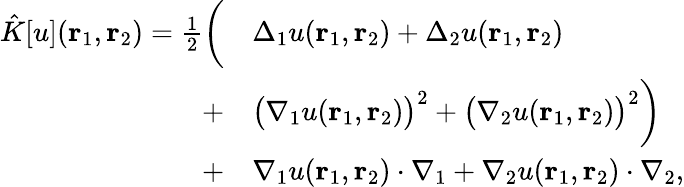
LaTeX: \begin{array}{rl}{\hat{K}[u]({\mathbf{r}_{1}},{\mathbf{r}_{2}})=\frac{1}{2}\bigg(}&{\Delta_{1}u({\mathbf{r}_{1}},{\mathbf{r}_{2}})+\Delta_{2}u({\mathbf{r}_{1}},{\mathbf{r}_{2}})}\\ {+}&{\big(\nabla_{1}u({\mathbf{r}_{1}},{\mathbf{r}_{2}})\big)^{2}+\big(\nabla_{2}u({\mathbf{r}_{1}},{\mathbf{r}_{2}})\big)^{2}\bigg)}\\ {+}&{\nabla_{1}u({\mathbf{r}_{1}},{\mathbf{r}_{2}})\cdot\nabla_{1}+\nabla_{2}u({\mathbf{r}_{1}},{\mathbf{r}_{2}})\cdot\nabla_{2},}\end{array}